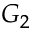
G _ { 2 }